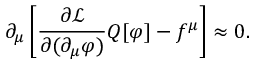
\partial _ { \mu } \left[ { \frac { \partial { \mathcal { L } } } { \partial ( \partial _ { \mu } \varphi ) } } Q [ \varphi ] - f ^ { \mu } \right] \approx 0 .